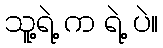
သူ့ရဲ့ က ရဲ့ ပဲ။